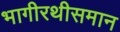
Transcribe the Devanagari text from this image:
भागीरथीसमान